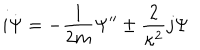
i \dot { \Psi } = - \frac { 1 } { 2 m } \Psi ^ { \prime \prime } \pm \frac { 2 } { \kappa ^ { 2 } } j \Psi